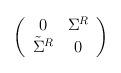
LaTeX: \begin{align*}\left(\begin{array}{cc} 0&\Sigma^{R}\\ \tilde{\Sigma}^{R}&0\end{array}\right)\end{align*}